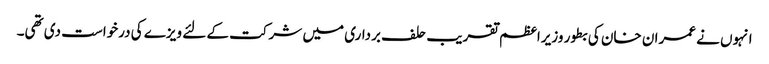
انہوں نے عمران خان کی بطور وزیراعظم تقریب حلف برداری میں شرکت کے لئے ویزے کی درخواست دی تھی۔